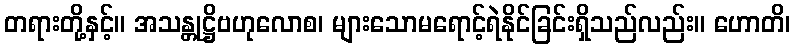
တရားတို့နှင့်။ အသန္တုဋ္ဌိဗဟုလောစ၊ များသောမရောင့်ရဲနိုင်ခြင်းရှိသည်လည်း။ ဟောတိ၊